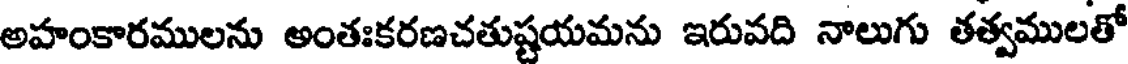
అహంకారములను అంతఃకరణచతుష్టయమను ఇరువది నాలుగు తత్వములతో